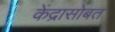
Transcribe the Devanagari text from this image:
केंद्रासोबत